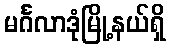
မင်္ဂလာဒုံမြို့နယ်ရှိ